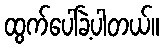
ထွက်ပေါ်ခဲ့ပါတယ်။